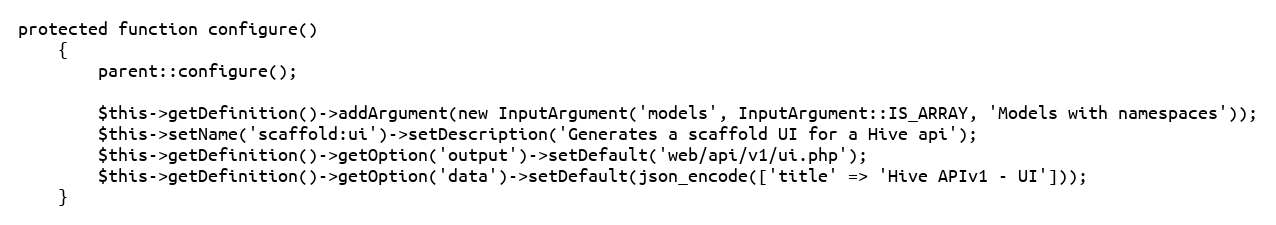
Language: PHP
protected function configure()
    {
        parent::configure();

        $this->getDefinition()->addArgument(new InputArgument('models', InputArgument::IS_ARRAY, 'Models with namespaces'));
        $this->setName('scaffold:ui')->setDescription('Generates a scaffold UI for a Hive api');
        $this->getDefinition()->getOption('output')->setDefault('web/api/v1/ui.php');
        $this->getDefinition()->getOption('data')->setDefault(json_encode(['title' => 'Hive APIv1 - UI']));
    }